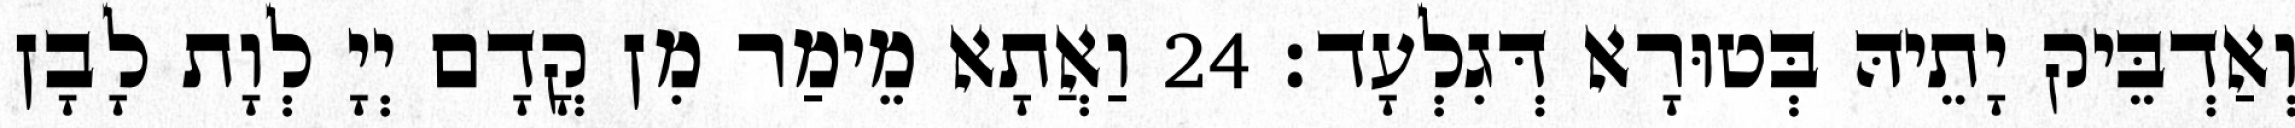
וְאַדְבֵּיק יָתֵיהּ בְּטוּרָא דְּגִלְעָד׃ 24 וַאֲתָא מֵימַר מִן קֳדָם יְיָ לְוָת לָבָן